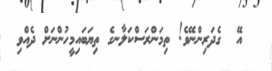
އޭ  ގެދަރިންނޭވެ! ތިމަންރަސްކަލާނގެ ތިޔަބައިމީހުންނަށް ދެއްވި